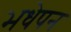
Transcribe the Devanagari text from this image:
भधेपन